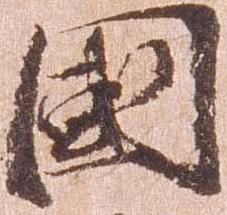
国